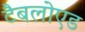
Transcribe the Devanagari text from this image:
टैबलोएड